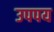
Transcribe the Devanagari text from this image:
उपपय